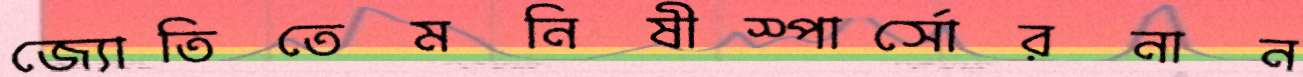
জ্যোতিতেমনিষীস্পার্সোরনান